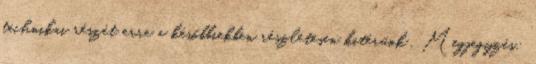
technikai részét erre a későbbiekben részletesen kitérünk . Megjegyzés: